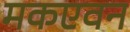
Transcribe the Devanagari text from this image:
मकएवन